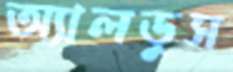
অ্যালডুস